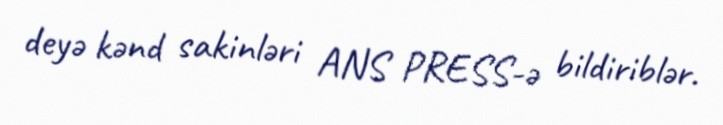
deyə kənd sakinləri ANS PRESS-ə bildiriblər.